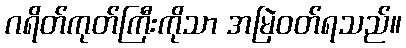
ဂရိတ်ကုတ်ကြီးကိုသာ အမြဲဝတ်ရသည်။